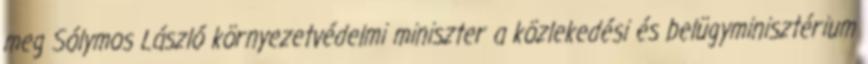
meg Sólymos László környezetvédelmi miniszter a közlekedési és belügyminisztérium